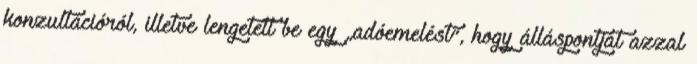
konzultációról, illetve lengetett be egy „adóemelést”, hogy álláspontját azzal